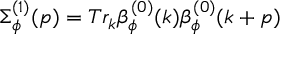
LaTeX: \Sigma _ { \phi } ^ { ( 1 ) } ( p ) = T r _ { k } \beta _ { \phi } ^ { ( 0 ) } ( k ) \beta _ { \phi } ^ { ( 0 ) } ( k + p )